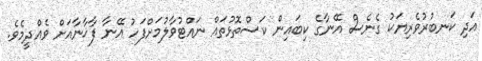
އަދި ކަނބުރުވެރިޔަކު ގެނެސް އޭނާގެ ކިބައިން ކަސްތޮޅުތައް ނައްޓުވާލުމަށްފަހު އޭނާ ފާޚާނާއަށް ވެއްދީމެވެ.